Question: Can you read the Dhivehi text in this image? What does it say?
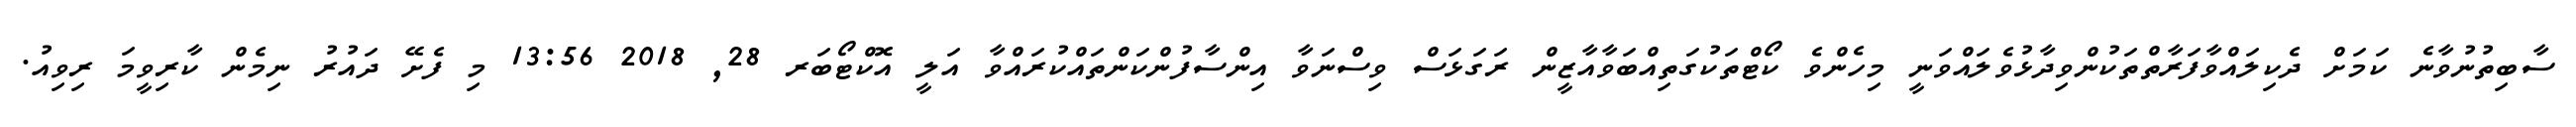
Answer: ސާބިތުނުވާނެ ކަމަށް ދެކިލައްވާފަރާތްތަކުންވިދާޅުވެލައްވަނީ މިހެންވެ ކޯޓްތަކުގަތިއްބަވާއާޒީން ރަގަޅަސް ވިސްނަވާ އިންސާފުންކަންތައްކުރައްވާ އަލީ އޮކްޓޯބަރ 28, 2018 13:56 މި ފެށޭ ދައުރު ނިމެން ކާރިވީމަ ރިވިއު.